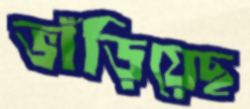
ভাঁড়িয়েছ